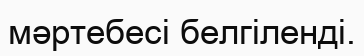
мәртебесі белгіленді.